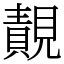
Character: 䚍